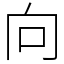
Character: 向